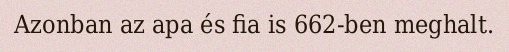
Azonban az apa és fia is 662-ben meghalt.